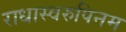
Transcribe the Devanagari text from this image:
राधास्वरुपिनम